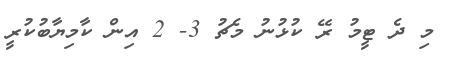
މި ދެ ޓީމު ރޭ ކުޅުނު މެޗު 3- 2 އިން ކާމިޔާބުކުރީ